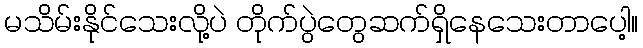
မသိမ်းနိုင်သေးလို့ပဲ တိုက်ပွဲတွေဆက်ရှိနေသေးတာပေါ့။